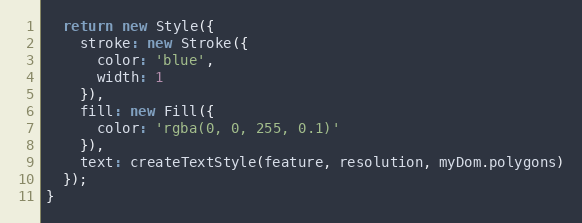
Language: JavaScript
  return new Style({
    stroke: new Stroke({
      color: 'blue',
      width: 1
    }),
    fill: new Fill({
      color: 'rgba(0, 0, 255, 0.1)'
    }),
    text: createTextStyle(feature, resolution, myDom.polygons)
  });
}